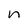
Character: n